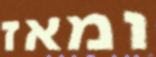
ומאז